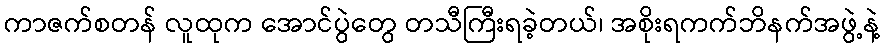
ကာဇက်စတန် လူထုက အောင်ပွဲတွေ တသီကြီးရခဲ့တယ်၊ အစိုးရကက်ဘိနက်အဖွဲ့နဲ့